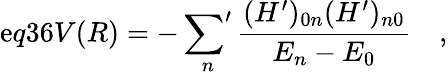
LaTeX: \mathrm{e}q36V(R)=-\mathop{{\sum}^{\prime}}_{n}\frac{{(H^{\prime})_{0n}(H^{\prime})_{n0}}}{{E_{n}-E_{0}}}\quad,